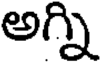
అగ్ని